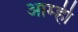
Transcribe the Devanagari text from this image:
आम्‍ही